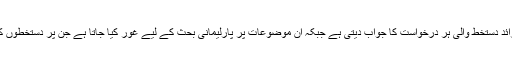
برطانوی حکومت دس ہزار سے زائد دستخط والی ہر درخواست کا جواب دیتی ہے جبکہ ان موضوعات پر پارلیمانی بحث کے لیے غور کیا جاتا ہے جن پر دستخطوں کی تعداد ایک لاکھ تک پہنچ جائے۔